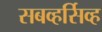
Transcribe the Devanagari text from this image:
सबव्हर्सिव्ह